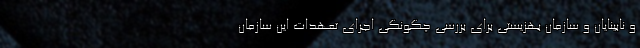
و نابينايان و سازمان بهزيستي براي بررسي چگونگي اجراي تعهدات اين سازمان